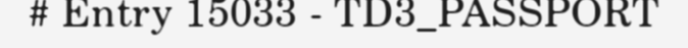
# Entry 15033 - TD3_PASSPORT